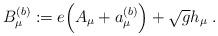
LaTeX: \begin{align*}B_\mu^{(b)} := e \Big( A_\mu + a_\mu^{(b)} \Big) + \sqrt{g} h_\mu \; .\end{align*}